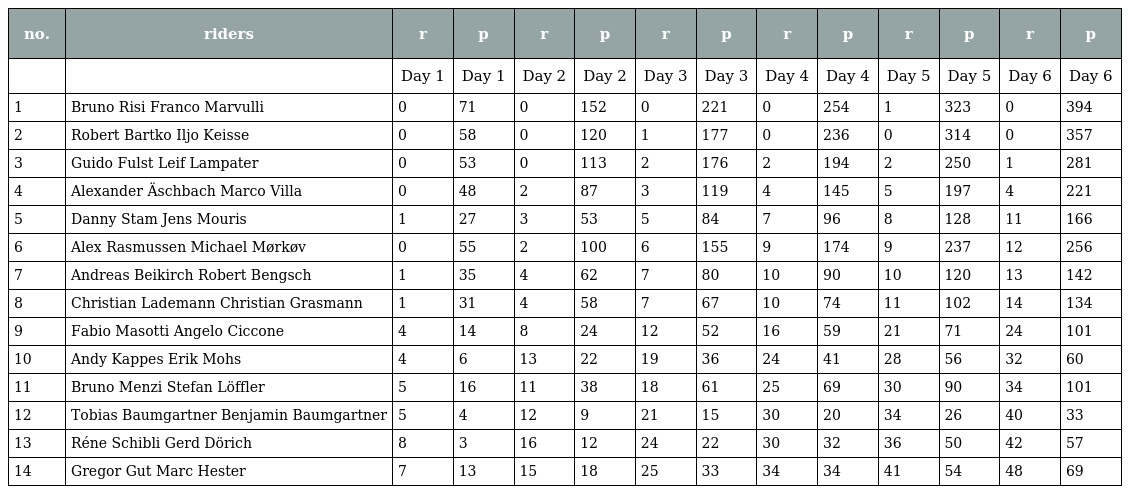
| no. | riders | r | p | r | p | r | p | r | p | r | p | r | p |
 | --- | --- | --- | --- | --- | --- | --- | --- | --- | --- | --- | --- | --- | --- |
 |  |  | Day 1 | Day 1 | Day 2 | Day 2 | Day 3 | Day 3 | Day 4 | Day 4 | Day 5 | Day 5 | Day 6 | Day 6 |
 | 1 | Bruno Risi Franco Marvulli | 0 | 71 | 0 | 152 | 0 | 221 | 0 | 254 | 1 | 323 | 0 | 394 |
 | 2 | Robert Bartko Iljo Keisse | 0 | 58 | 0 | 120 | 1 | 177 | 0 | 236 | 0 | 314 | 0 | 357 |
 | 3 | Guido Fulst Leif Lampater | 0 | 53 | 0 | 113 | 2 | 176 | 2 | 194 | 2 | 250 | 1 | 281 |
 | 4 | Alexander Äschbach Marco Villa | 0 | 48 | 2 | 87 | 3 | 119 | 4 | 145 | 5 | 197 | 4 | 221 |
 | 5 | Danny Stam Jens Mouris | 1 | 27 | 3 | 53 | 5 | 84 | 7 | 96 | 8 | 128 | 11 | 166 |
 | 6 | Alex Rasmussen Michael Mørkøv | 0 | 55 | 2 | 100 | 6 | 155 | 9 | 174 | 9 | 237 | 12 | 256 |
 | 7 | Andreas Beikirch Robert Bengsch | 1 | 35 | 4 | 62 | 7 | 80 | 10 | 90 | 10 | 120 | 13 | 142 |
 | 8 | Christian Lademann Christian Grasmann | 1 | 31 | 4 | 58 | 7 | 67 | 10 | 74 | 11 | 102 | 14 | 134 |
 | 9 | Fabio Masotti Angelo Ciccone | 4 | 14 | 8 | 24 | 12 | 52 | 16 | 59 | 21 | 71 | 24 | 101 |
 | 10 | Andy Kappes Erik Mohs | 4 | 6 | 13 | 22 | 19 | 36 | 24 | 41 | 28 | 56 | 32 | 60 |
 | 11 | Bruno Menzi Stefan Löffler | 5 | 16 | 11 | 38 | 18 | 61 | 25 | 69 | 30 | 90 | 34 | 101 |
 | 12 | Tobias Baumgartner Benjamin Baumgartner | 5 | 4 | 12 | 9 | 21 | 15 | 30 | 20 | 34 | 26 | 40 | 33 |
 | 13 | Réne Schibli Gerd Dörich | 8 | 3 | 16 | 12 | 24 | 22 | 30 | 32 | 36 | 50 | 42 | 57 |
 | 14 | Gregor Gut Marc Hester | 7 | 13 | 15 | 18 | 25 | 33 | 34 | 34 | 41 | 54 | 48 | 69 |